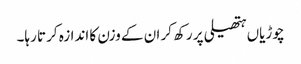
چوڑیاں ہتھیلی پر رکھ کر ان کے وزن کا اندازہ کرتا رہا۔